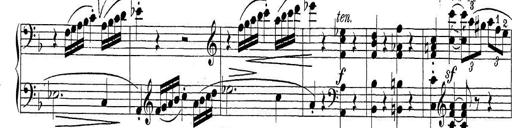
Title: Sonatina Album
Composer: Louis KÃ¶hler